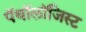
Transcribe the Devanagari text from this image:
पॅथॉलॉजिस्ट